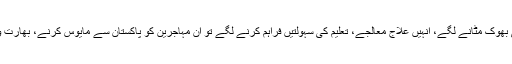
یہ ملّا اور مولوی اگر دیندار، غیرت مند محسودوں، وزیریوں اوردیگر قبائل کی بھوک مٹانے لگے، انہیں علاج معالجے، تعلیم کی سہولتیں فراہم کرنے لگے تو ان مہاجرین کو پاکستان سے مایوس کرنے، بھارت و افغانستان کی طرف دھکیلنے اور امریکہ کے گن گانے کا موقع کہاں ملے گا۔